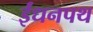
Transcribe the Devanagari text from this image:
ईंधनपथ